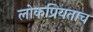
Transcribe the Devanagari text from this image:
लोकप्रियताच